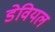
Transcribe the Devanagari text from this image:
डेवियल